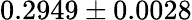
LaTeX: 0.2949\pm 0.0028